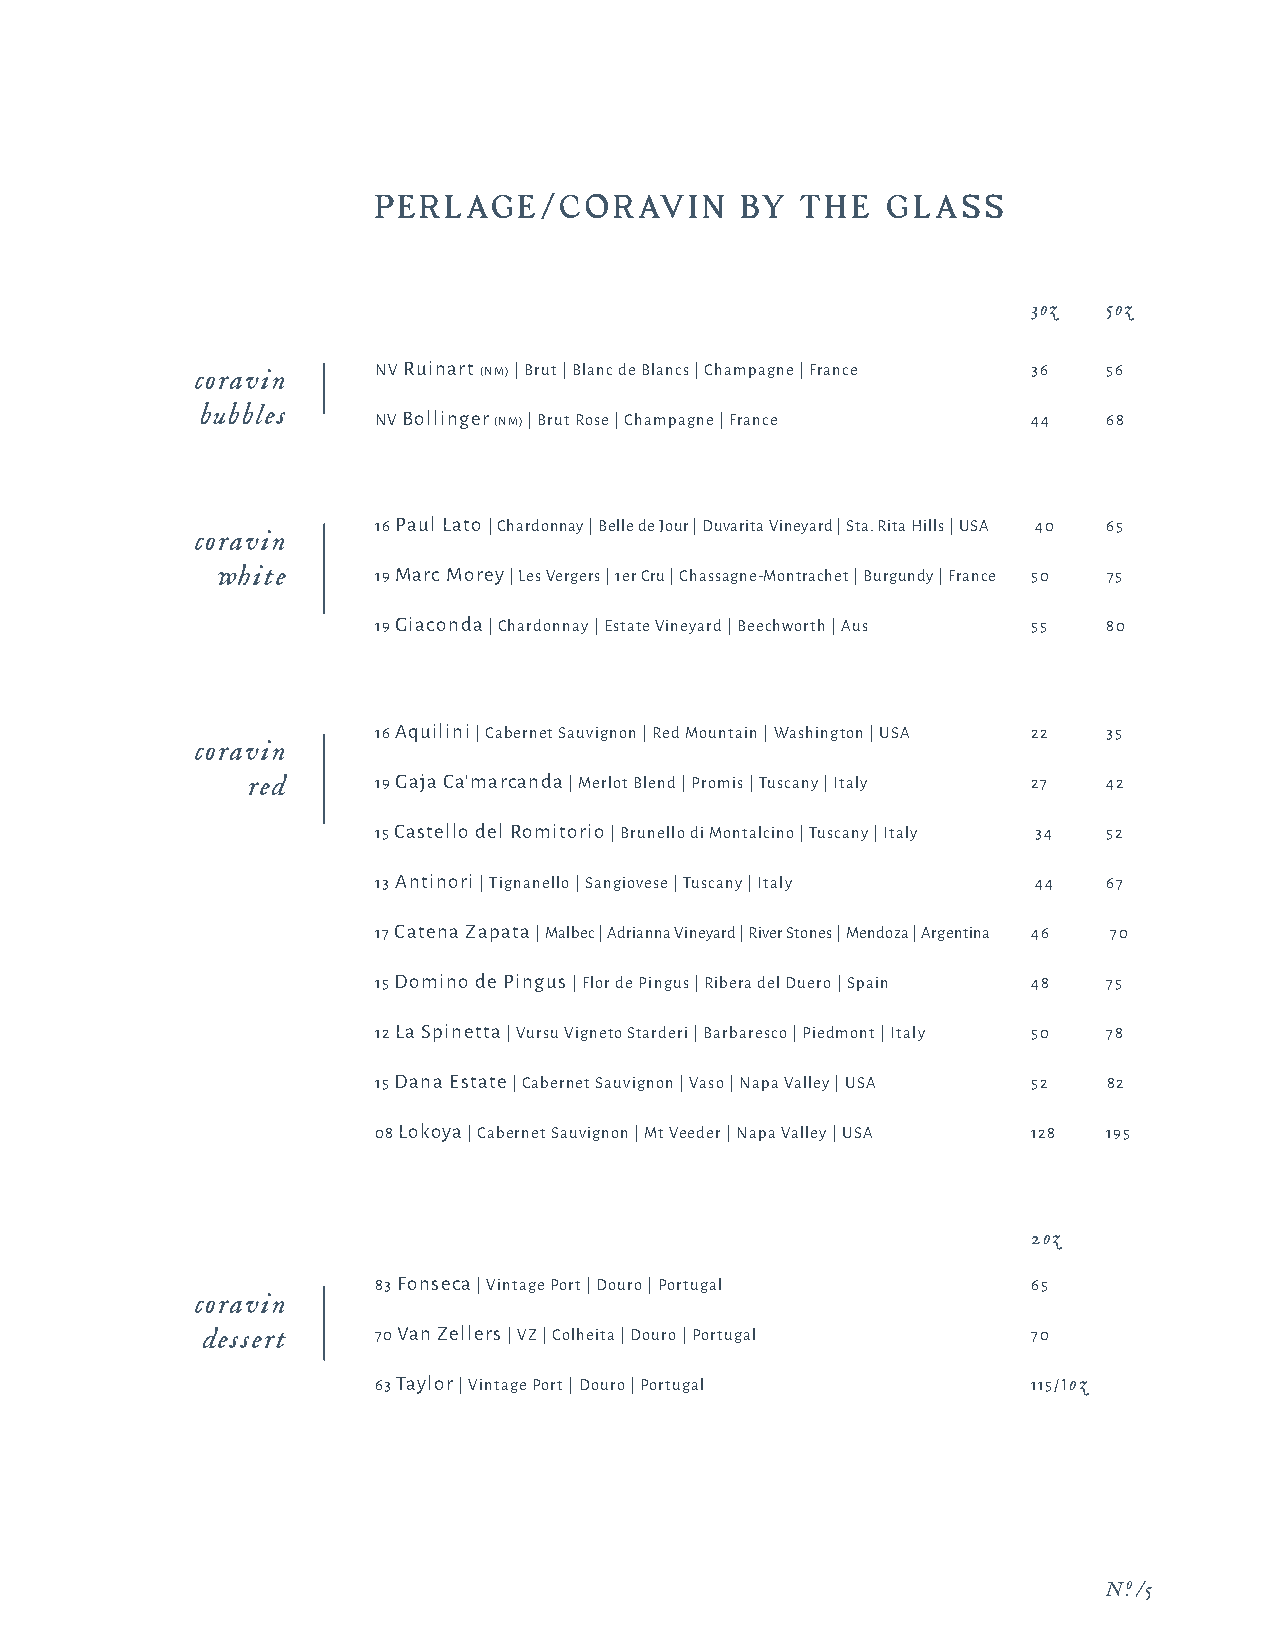
PERLAGE/CORAVIN         BY  THE   GLASS
 3oz  5oz
 coravin     NV Ruinart (NM) | Brut | Blanc de Blancs | Champagne | France 36 56
 bubbles     NV Bollinger (NM) | Brut Rose | Champagne | France 44 68
 16 Paul Lato | Chardonnay | Belle de Jour | Duvarita Vineyard | Sta. Rita Hills | USA 40 65
 coravin
 white      19 Marc Morey | Les Vergers | 1er Cru | Chassagne-Montrachet | Burgundy | France 50 75
 19 Giaconda | Chardonnay | Estate Vineyard | Beechworth | Aus 55 80
 16 Aquilini | Cabernet Sauvignon | Red Mountain | Washington | USA 22 35
 coravin
 red      19 Gaja Ca'marcanda | Merlot Blend | Promis | Tuscany | Italy 27 42
 15 Castello del Romitorio | Brunello di Montalcino | Tuscany | Italy 34 52
 13 Antinori | Tignanello | Sangiovese | Tuscany | Italy 44 67
 17 Catena Zapata | Malbec | Adrianna Vineyard | River Stones | Mendoza | Argentina 46 70
 15 Domino de Pingus | Flor de Pingus | Ribera del Duero | Spain 48 75
 12 La Spinetta | Vursu Vigneto Starderi | Barbaresco | Piedmont | Italy 50 78
 15 Dana Estate | Cabernet Sauvignon | Vaso | Napa Valley | USA 52 82
 08 Lokoya | Cabernet Sauvignon | Mt Veeder | Napa Valley | USA 128 195
 2oz
 83 Fonseca | Vintage Port | Douro | Portugal 65
 coravin
 dessert     70 Van Zellers | VZ | Colheita | Douro | Portugal 70
 63 Taylor | Vintage Port | Douro | Portugal 115/1oz
 N.o /5